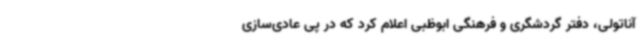
آناتولی، دفتر گردشگری و فرهنگی ابوظبی اعلام کرد که در پی عادی‌سازی